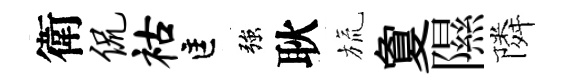
衛侃祜匡強耿旒夐隰隣